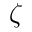
\zeta